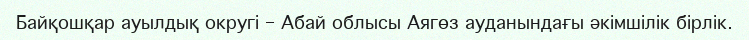
Байқошқар ауылдық округі – Абай облысы Аягөз ауданындағы әкімшілік бірлік.